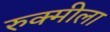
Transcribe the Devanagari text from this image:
रुक्मीला